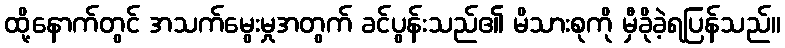
ထို့နောက်တွင် အသက်မွေးမှုအတွက် ခင်ပွန်းသည်၏ မိသားစုကို မှီခိုခဲ့ရပြန်သည်။